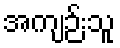
အကျဉ်းသူ